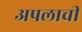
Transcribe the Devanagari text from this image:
अपलाची